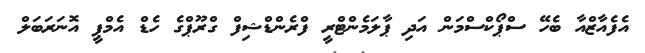
އެފެއާޒްއާ ބެހޭ ސްޕޯކްސްމަން އަދި ޕާލަމެންޓްރީ ފްރެންޑްޝިފް ގްރޫޕްގެ ހެޑް އެމްޕީ އޮނަރަބަލް